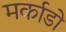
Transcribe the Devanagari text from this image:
मर्काडो